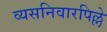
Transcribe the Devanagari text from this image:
व्यसनिवारपिल्ले